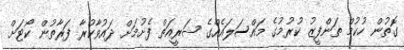
ގޮތުން ހުކުމް ތަންފީޒު ކުރުމުގެ މައްސަލައެއްގެ ޝަރީއަތް ފެށުމަށް ދައުވާކުރާ ފަރާތުން ކޯޓަށް